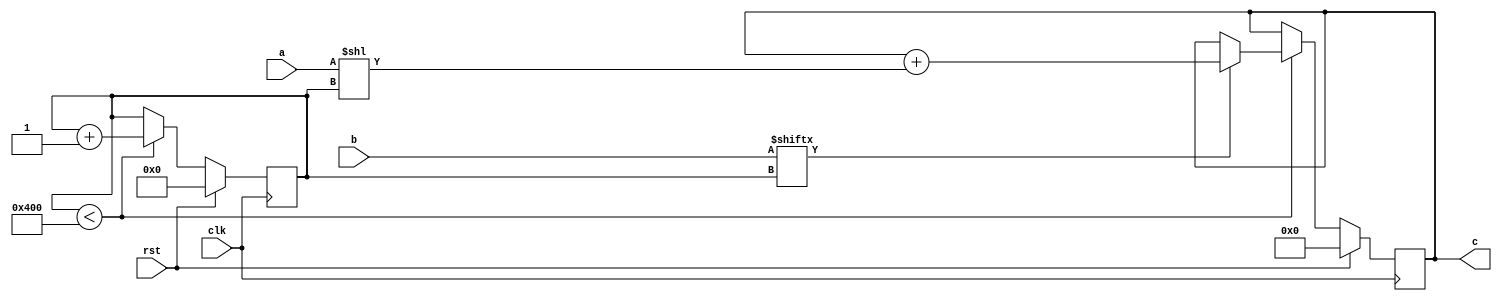
// TalTech large multiplier library
// Multiplier type: schoolbook
// Parameters: 1024 1024 1
// Target tool: genus
module schoolbook(clk, rst, a, b, c);
input clk;
input rst;
input [1023:0] a;
input [1023:0] b;
output reg [2047:0] c;

// no pipeline vars
reg  [10:0] count;

always @(posedge clk) begin
	if (rst == 1'b1) begin
		c <= 2048'd0;
		count <= 11'd0;
	end
	else begin
if (count < 1024) begin
if (b[count] == 1) begin
c <= c + (a << count);
end
count <= count + 1;
end

	end
end
endmodule